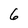
Character: 6